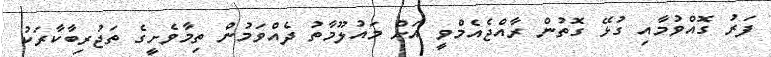
ފަރު ގޮއްވުމާއި ގުޅޭ ގޮތުން ރާއްޖެއެމްވީ އަށް މައުލޫމާތު ދެއްވަމުން ތިމާވެށީގެ ތަޖުރިބާކާރަކު